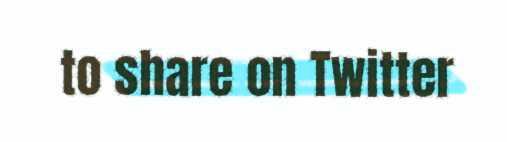
to share on Twitter